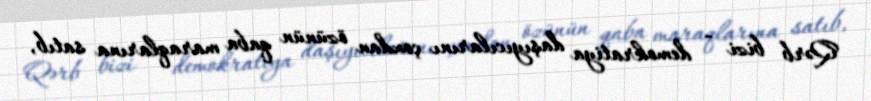
Qərb bizi - demokratiya daşıyıcılarını çoxdan özünün qaba maraqlarına satıb,